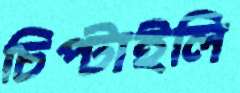
চিপ্‌টাইলি